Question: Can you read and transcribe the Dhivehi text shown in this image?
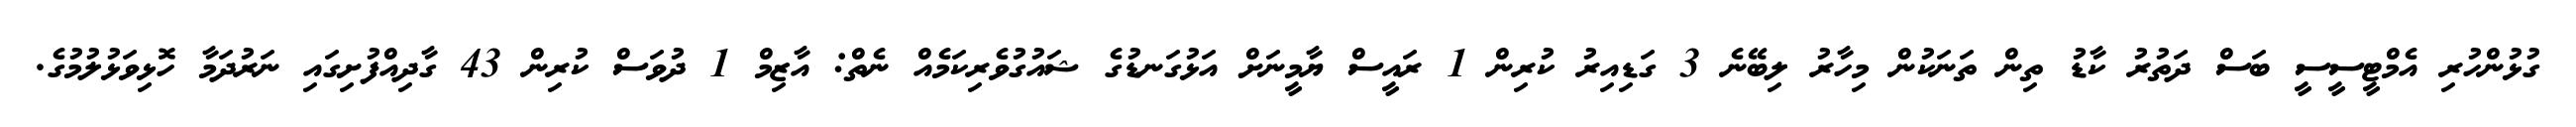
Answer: ގުޅުންހުރި އެމްޓީސީސީ ބަސް ދަތުރު ކާޑު ތިން ތަނަކުން މިހާރު ލިބޭނެ 3 ގަޑިއިރު ކުރިން 1 ރައީސް ޔާމީނަށް އަޅުގަނޑުގެ ޝައުގުވެރިކަމެއް ނެތް: އާޒިމް 1 ދުވަސް ކުރިން 43 ގާދިއްފުށިގައި ނަރުދަމާ ހޮޅިވަޅުލުމުގެ.